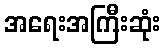
အရေးအကြီးဆုံး